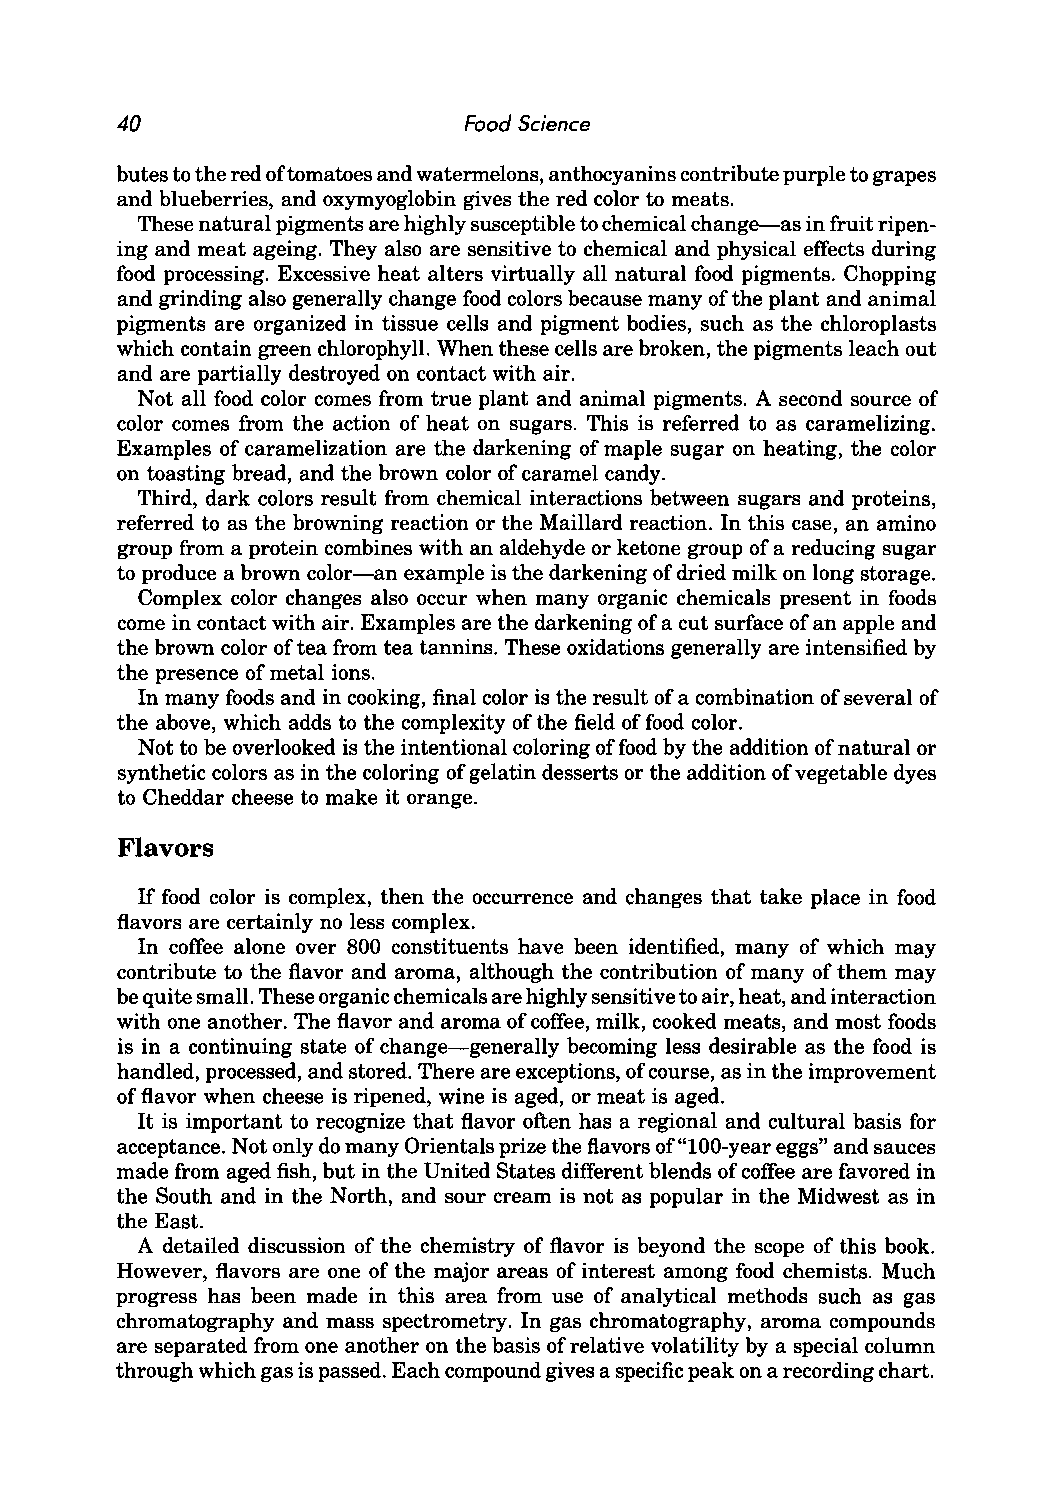
40                     Food Science
 butes to the red of tomatoes and watermelons, anthocyanins contribute purple to grapes
 and blueberries, and oxymyoglobin gives the red color to meats.
 These natural pigments are highly susceptible to chemical change-as in fruit ripen
 ing and meat ageing. They also are sensitive to chemical and physical effects during
 food processing. Excessive heat alters virtually all natural food pigments. Chopping
 and grinding also generally change food colors because many of the plant and animal
 pigments are organized in tissue cells and pigment bodies, such as the chloroplasts
 which contain green chlorophyll. When these cells are broken, the pigments leach out
 and are partially destroyed on contact with air.
 Not all food color comes from true plant and animal pigments. A second source of
 color comes from the action of heat on sugars. This is referred to as caramelizing.
 Examples of caramelization are the darkening of maple sugar on heating, the color
 on toasting bread, and the brown color of caramel candy.
 Third, dark colors result from chemical interactions between sugars and proteins,
 referred to as the browning reaction or the Maillard reaction. In this case, an amino
 group from a protein combines with an aldehyde or ketone group of a reducing sugar
 to produce a brown color-an example is the darkening of dried milk on long storage.
 Complex color changes also occur when many organic chemicals present in foods
 come in contact with air. Examples are the darkening of a cut surface of an apple and
 the brown color of tea from tea tannins. These oxidations generally are intensified by
 the presence of metal ions.
 In many foods and in cooking, final color is the result of a combination of several of
 the above, which adds to the complexity of the field of food color.
 Not to be overlooked is the intentional coloring offood by the addition of natural or
 synthetic colors as in the coloring of gelatin desserts or the addition of vegetable dyes
 to Cheddar cheese to make it orange.
 Flavors
 If food color is complex, then the occurrence and changes that take place in food
 flavors are certainly no less complex.
 In coffee alone over 800 constituents have been identified, many of which may
 contribute to the flavor and aroma, although the contribution of many of them may
 be quite small. These organic chemicals are highly sensitive to air, heat, and interaction
 with one another. The flavor and aroma of coffee, milk, cooked meats, and most foods
 is in a continuing state of change-generally becoming less desirable as the food is
 handled, processed, and stored. There are exceptions, of course, as in the improvement
 of flavor when cheese is ripened, wine is aged, or meat is aged.
 It is important to recognize that flavor often has a regional and cultural basis for
 acceptance. Not only do many Orientals prize the flavors of "lOO-year eggs" and sauces
 made from aged fish, but in the United States different blends of coffee are favored in
 the South and in the North, and sour cream is not as popular in the Midwest as in
 the East.
 A detailed discussion of the chemistry of flavor is beyond the scope of this book.
 However, flavors are one of the major areas of interest among food chemists. Much
 progress has been made in this area from use of analytical methods such as gas
 chromatography and mass spectrometry. In gas chromatography, aroma compounds
 are separated from one another on the basis of relative volatility by a special column
 through which gas is passed. Each compound gives a specific peak on a recording chart.